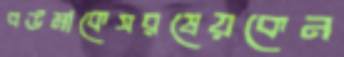
বউমাকেসরষেয়কেন